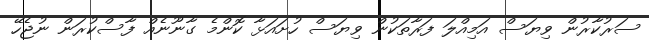
ސަރުކާރުން ވިޔަސް އަމިއްލަ ފަރާތަކުން ވިޔަސް ހުށައަޅާ ކޮންމެ ގާނޫނެއް ފާސްކުރަން ނުޖެހޭ